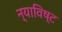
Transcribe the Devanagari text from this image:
न्याविष्ट